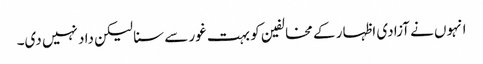
انہوں نے آزادی اظہار کے مخالفین کو بہت غور سے سنا لیکن داد نہیں دی۔